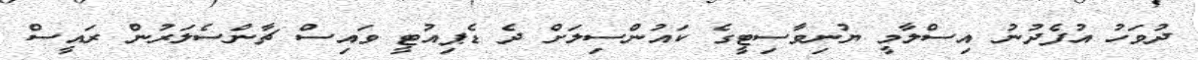
ދުވަހު އުފެދުނު އިސްލާމީ ޔުނިވާސިޓީގެ ކައުންސިލަށް ދެ ޑެޕިއުޓީ ވައިސް ޗާންސެލަރުން ރައީސް